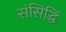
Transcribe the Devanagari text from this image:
संसिद्धिं